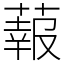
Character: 蕔